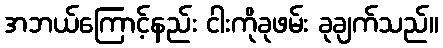
အဘယ်ကြောင့်နည်း ငါးကိုခုဖမ်း ခုချက်သည်။